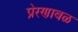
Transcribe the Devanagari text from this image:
प्रेरणाबळ